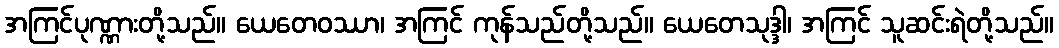
အကြင်ပုဏ္ဏားတို့သည်။ ယေတေဝဿာ၊ အကြင် ကုန်သည်တို့သည်။ ယေတေသုဒ္ဒါ၊ အကြင် သူဆင်းရဲတို့သည်။